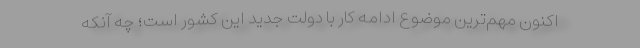
اکنون مهم‌ترین موضوع ادامه کار با دولت جدید این کشور است؛ چه آنکه